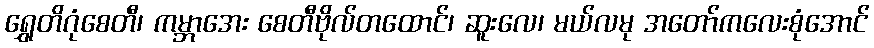
ရွှေတိဂုံစေတီ၊ ကမ္ဘာအေး စေတီဗိုလ်တထောင်၊ ဆူးလေ၊ မယ်လမု အတော်ကလေးစုံအောင်